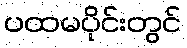
ပထမပိုင်းတွင်